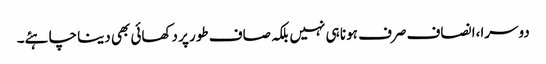
دوسرا،ا نصاف صرف ہونا ہی نہیں بلکہ صاف طور پر دکھائی بھی دینا چاہئے۔